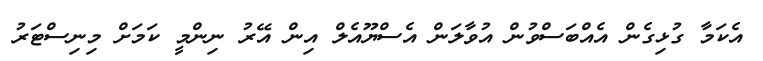
އެކަމާ ގުޅިގެން އެއްބަސްވުން އުވާލަން އެސްޔޫއެލް އިން އޭރު ނިންމީ ކަމަށް މިނިސްޓަރު